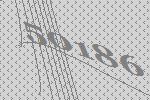
50186